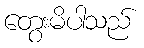
တွေးမိပါသည်